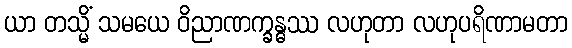
ယာ တသ္မိံ သမယေ ဝိညာဏက္ခန္ဓဿ လဟုတာ လဟုပရိဏာမတာ